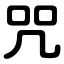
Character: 咒